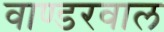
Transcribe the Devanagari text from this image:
वाण्डरवाल